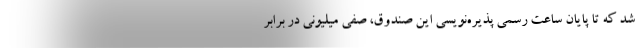
شد که تا پایان ساعت رسمی پذیره‌نویسی این صندوق، صفی میلیونی در برابر